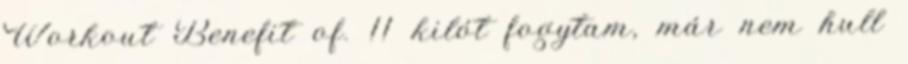
Workout Benefit of. 11 kilót fogytam, már nem hull